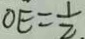
O E = \frac { 1 } { 2 } .